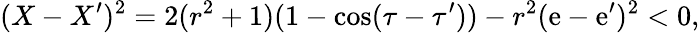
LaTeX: (X-X^{\prime})^{2}=2(r^{2}+1)(1-\cos(\tau-\tau^{\prime}))-r^{2}(\mathrm{e}-\mathrm{e}^{\prime})^{2}<0,